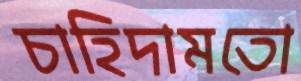
চাহিদামতো